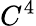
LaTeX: C^{4}